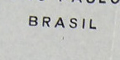
BRASIL